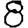
Digit: 8